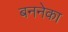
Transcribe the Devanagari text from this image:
बननेका